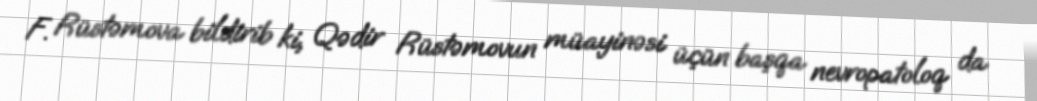
F. Rüstəmova bildirib ki, Qədir Rüstəmovun müayinəsi üçün başqa nevropatoloq da